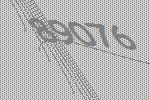
89076